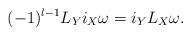
LaTeX: \begin{align*}(-1)^{l-1}L_Yi_X\omega=i_YL_X\omega.\end{align*}